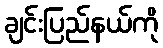
ချင်းပြည်နယ်ကို